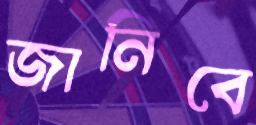
জানিবে